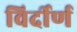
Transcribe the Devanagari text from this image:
विर्दीर्ण